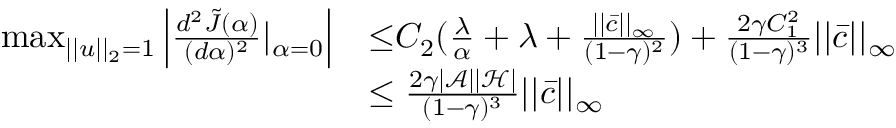
\begin{array} { r l } { \operatorname* { m a x } _ { | | u | | _ { 2 } = 1 } \left| \frac { d ^ { 2 } \tilde { J } ( \alpha ) } { ( d \alpha ) ^ { 2 } } | _ { \alpha = 0 } \right| } & { { \le } C _ { 2 } ( \frac { \lambda } { \alpha } + \lambda + \frac { | | \bar { c } | | _ { \infty } } { ( 1 - \gamma ) ^ { 2 } } ) + \frac { 2 \gamma C _ { 1 } ^ { 2 } } { ( 1 - \gamma ) ^ { 3 } } | | \bar { c } | | _ { \infty } } \\ & { \le \frac { 2 \gamma | \mathcal { A } | | \mathcal { H } | } { ( 1 - \gamma ) ^ { 3 } } | | \bar { c } | | _ { \infty } } \end{array}